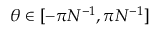
\theta \in \lbrack - \pi N ^ { - 1 } , \pi N ^ { - 1 } ]